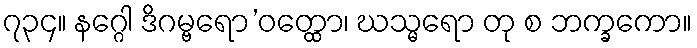
၇၃၄။ နဂ္ဂေါ ဒိဂမ္ဗရော’ဝတ္ထော၊ ဃသ္မရော တု စ ဘက္ခကော။